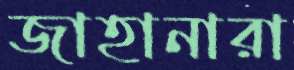
জাহানারা